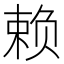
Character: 赖